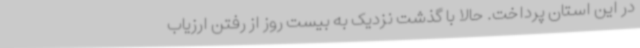
در این استان پرداخت. حالا با گذشت نزدیک به بیست روز از رفتن ارزیاب